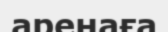
аренаға